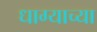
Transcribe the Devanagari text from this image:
धाग्याच्या